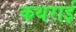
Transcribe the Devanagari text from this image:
कथराई